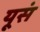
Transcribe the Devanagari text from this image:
यूसं